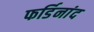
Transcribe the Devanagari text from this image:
फर्डिनांद